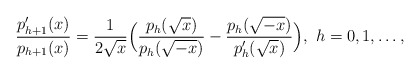
\begin{align*}\frac{p'_{h+1}(x)}{p_{h+1}(x)}=\frac{1}{2\sqrt x}\Big(\frac{p_h(\sqrt x)}{p_h(\sqrt{-x})}-\frac{p_h(\sqrt {-x})}{p'_h(\sqrt x)}\Big),~h=0,1,\dots, \end{align*}